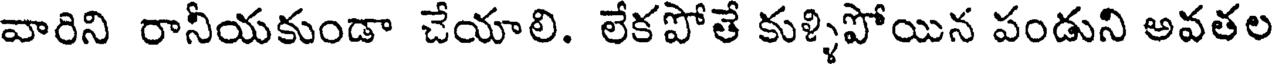
వారిని రానీయకుండా చేయాలి. లేకపోతే కుళ్ళిపోయిన పండుని అవతల